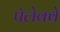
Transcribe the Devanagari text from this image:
पॅलेक्वे